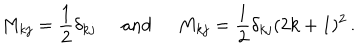
LaTeX: M _ { k j } = \frac { 1 } { 2 } \delta _ { k j } \; \; \mathrm { a n d } \; \; M _ { k j } = \frac { 1 } { 2 } \delta _ { k j } ( 2 k + 1 ) ^ { 2 } \, .